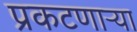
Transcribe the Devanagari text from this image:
प्रकटणाऱ्या